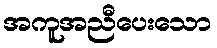
အကူအညီပေးသော